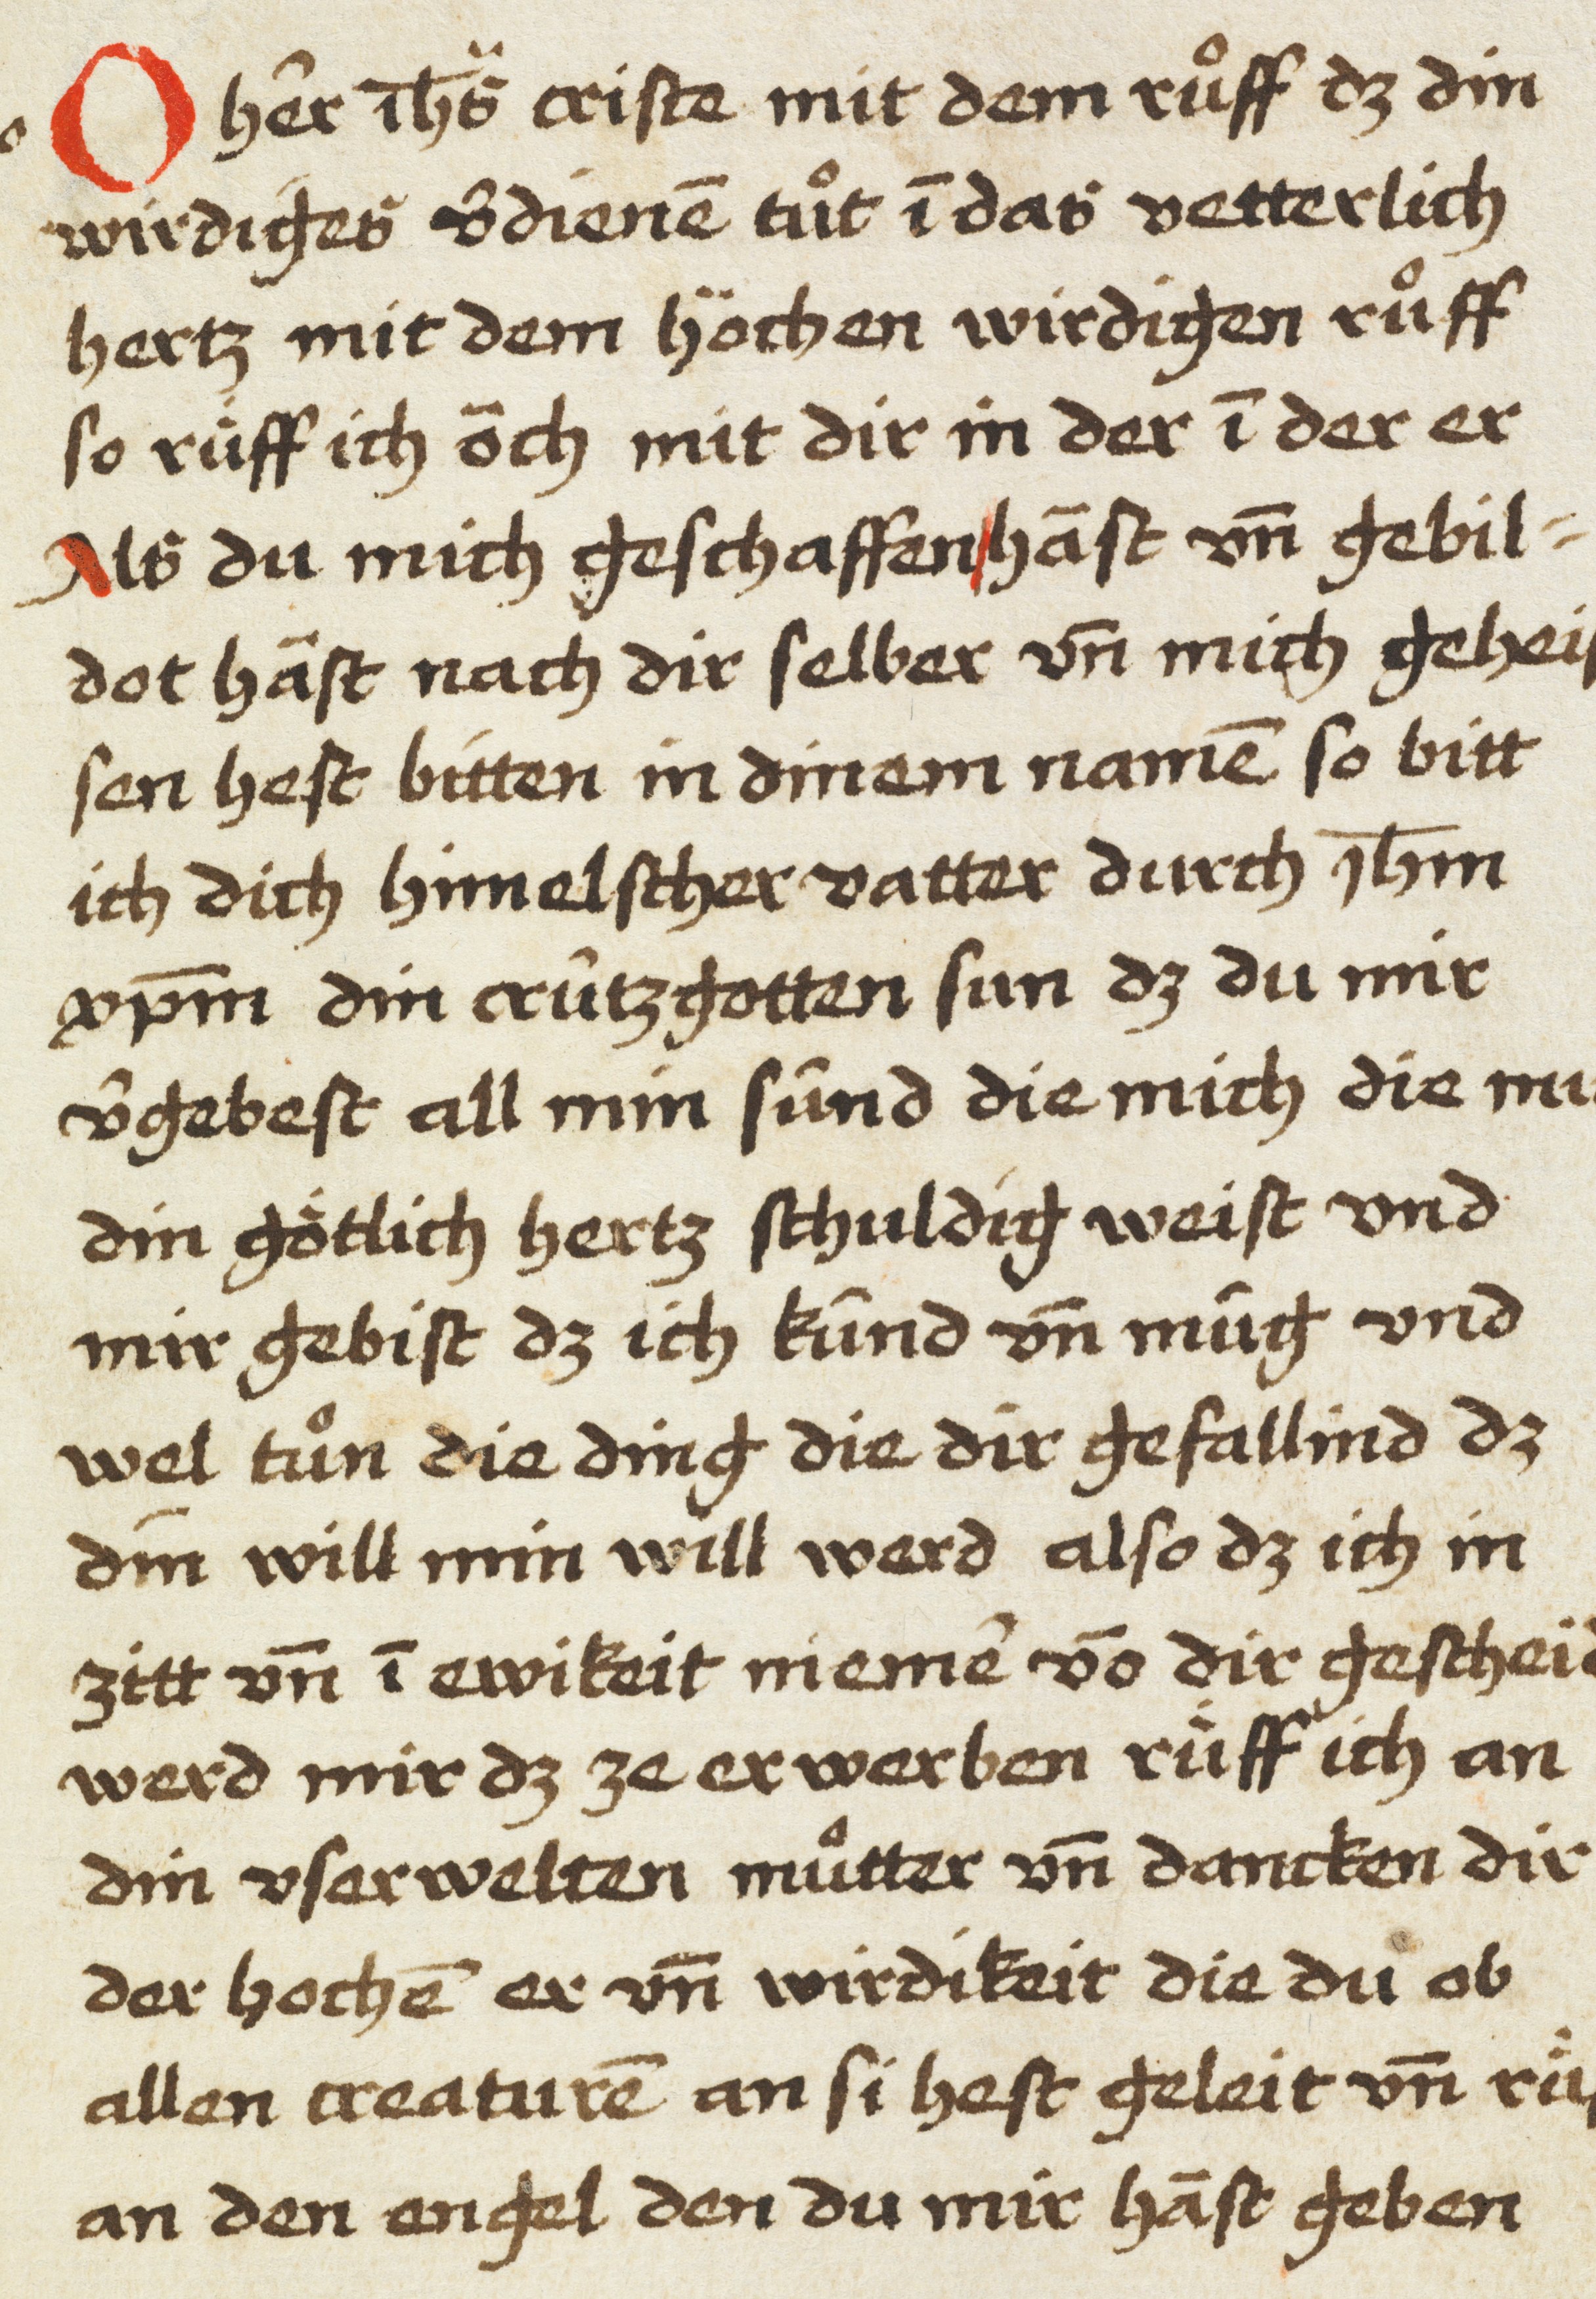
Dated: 1450–1499